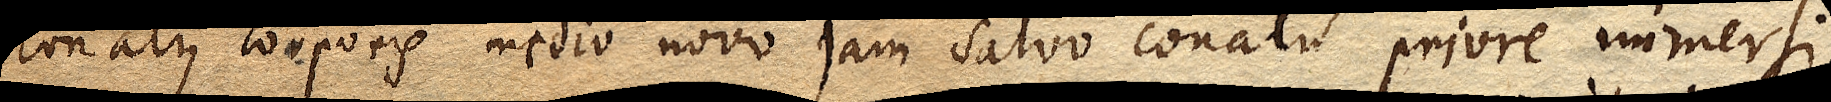
conatus corporis medio novo jam salvo conatu priore immersi,